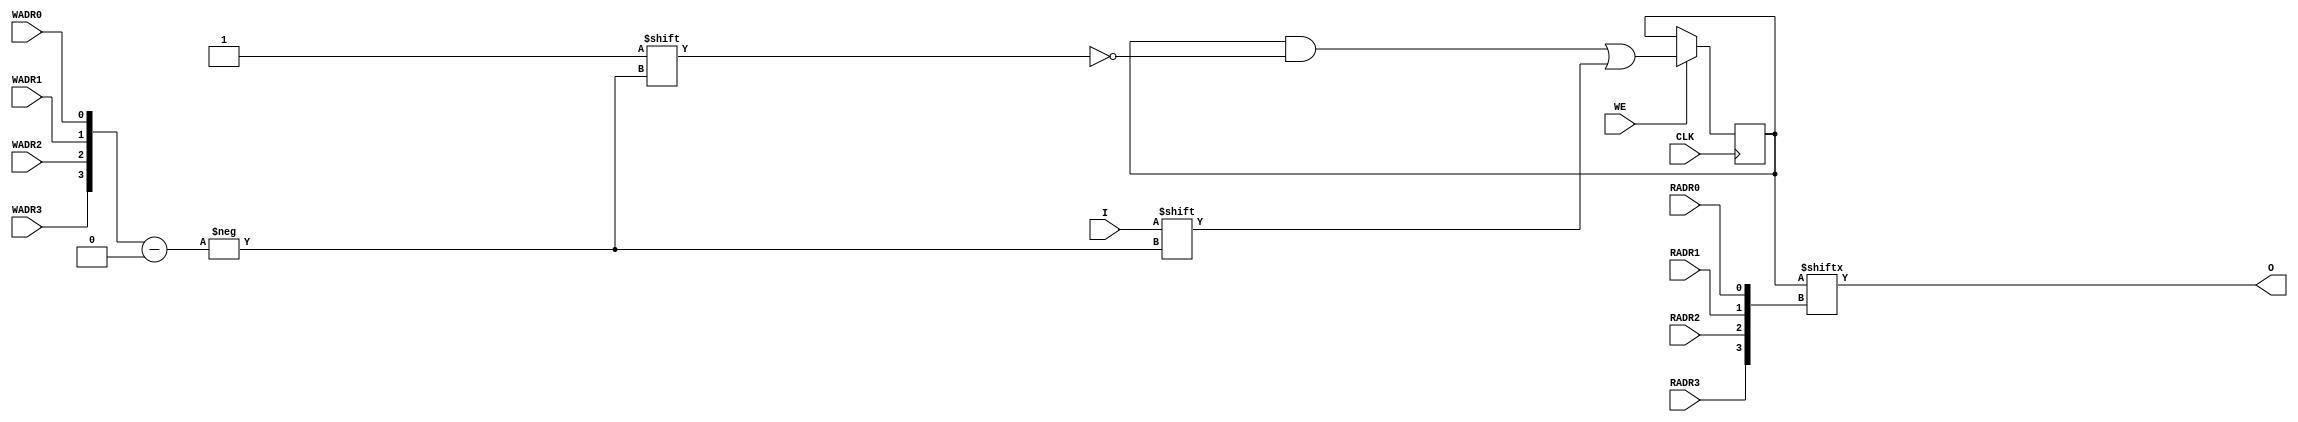
///////////////////////////////////////////////////////////////////////////////
// Copyright (c) 1995/2015 Xilinx, Inc.
// All Right Reserved.
///////////////////////////////////////////////////////////////////////////////
//   ____  ____
//  /   /\/   /
// /___/  \  /    Vendor : Xilinx
// \   \   \/     Version : 2015.4
//  \   \         Description : Xilinx Formal Library Component
//  /   /                  16-bit RAM
// /___/   /\     Filename : FORMAL_RAMB16.v
// \   \  /  \
//  \___\/\___\
//
///////////////////////////////////////////////////////////////////////////////
// Revision:
// simprim primitive
// End Revision
///////////////////////////////////////////////////////////////////////////////

`timescale 1 ps/1 ps

`celldefine

module FORMAL_RAMD16 (O, CLK, I, RADR0, RADR1, RADR2, RADR3, WADR0, WADR1, WADR2, WADR3, WE);

  parameter INIT = 16'h0000;

  output O;
  input I, CLK, WE, WADR0, WADR1, WADR2, WADR3, RADR0, RADR1, RADR2, RADR3;

  reg [15:0] mem;
  wire [3:0] wadr;
  wire [3:0] radr;
  wire in, we, clk;
  reg o_out;

  buf b1 (in, I);
  buf b2 (clk, CLK);
  buf b3 (we ,WE);
  buf b4 (wadr[3],WADR3);
  buf b5 (wadr[2],WADR2);
  buf b6 (wadr[1],WADR1);
  buf b7 (wadr[0],WADR0);
  buf b8 (radr[3],RADR3);
  buf b9 (radr[2],RADR2);
  buf bA (radr[1],RADR1);
  buf bB (radr[0],RADR0);
  buf bC (O, o_out);

// synopsys translate_off
  initial begin
    mem <= INIT;
  end
// synopsys translate_on

  always @(posedge clk) begin
    if (we == 1'b1)
      mem[wadr] <= in;
  end

  always @(mem or radr) begin
    o_out <= mem[radr];
  end

endmodule

`endcelldefine